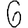
Digit: 6